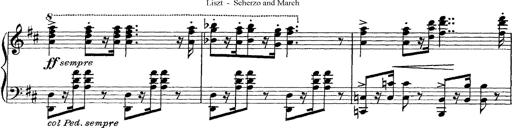
Title: Scherzo und Marsch
Composer: Franz Liszt